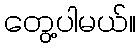
တွေ့ပါမယ်။